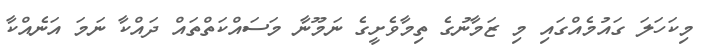
މިކަހަލަ ގައުމެއްގައި މި ޒަމާނުގެ ތިމާވެށީގެ ނަމޫނާ މަސައްކަތްތައް ދައްކާ ނަމަ އަނެއްކާ